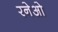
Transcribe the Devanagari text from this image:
रनेओ